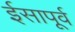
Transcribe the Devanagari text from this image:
र्इसापूर्व